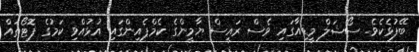
ބޭފުޅެކެވެ. ސޯޝަލް މީޑިއާގައި ވެސް ރައީސް ޔާމީންގެ ކެމްޕެއިންގައި އުޅުއްވި ކަމުގެ ފޮޓޯތައް